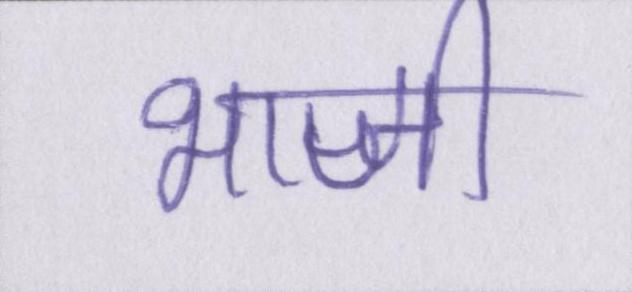
भाजी